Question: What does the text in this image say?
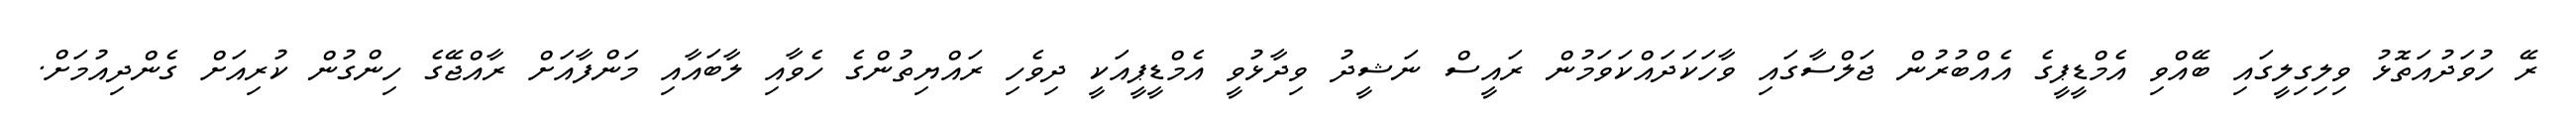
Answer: ރޭ ހުވަދުއަތޮޅު ވިލިގިލީގައި ބޭއްވި އެމްޑީޕީގެ އެއްބުރުން ޖަލްސާގައި ވާހަކަދައްކަވަމުން ރައީސް ނަޝީދު ވިދާޅުވީ އެމްޑީޕީއަކީ ދިވެހި ރައްޔިތުންގެ ހެވާއި ލާބައާއި މަންފާއަށް ރާއްޖޭގެ ހިންގުން ކުރިއަށް ގެންދިއުމަށް.